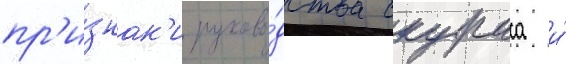
пр'и́знак'и руково́дства скураса и́